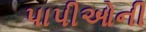
પાપીઓની